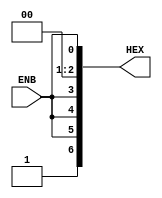
/*
	Modified 7seg decoder. 
		Show 0 when ENB = 0
		Show 1 when ENB = 1
		
	test passed	
*/
module circuit_B(ENB, HEX);
	input	ENB;
	output [6:0] HEX;
	
	wire [3:0] V;

	assign V = 4'b0 | ENB;

	wire A = V[0];
	wire B = V[1];
	wire C = V[2];
	wire D = V[3];

	wire common = D&B | D&C;

	
	assign HEX[0] = common | C&~B&~A | ~D&~C&~B&A;
	assign HEX[1] = common | C&~B&A | C&B&~A;
	assign HEX[2] = common | ~C&B&~A;
	assign HEX[3] = common | C&~B&~A | C&B&A | ~D&~C&~B&A;
	assign HEX[4] = common | A | C&~B;
	assign HEX[5] = common | B&A | ~D&~C&A | ~C&B&~A;
	assign HEX[6] = common | ~D&~C&~B | C&B&A;

endmodule

//////////////////////////////////////////////////////////////////////


module circuit_B_tb();
 
	reg ENB;
	wire [6:0] HEX0;

	reg [6:0] t_HEX [0:16];
	
	initial begin 
		t_HEX[0] = 7'b1000000;
		t_HEX[1] = 7'b1111001;
	end
 
	circuit_B DUT(
		.ENB(ENB),
		.HEX(HEX0)
	);
		
	initial begin
		ENB = 1'b0;		
		#10
		if (HEX0 != t_HEX[ENB])
			$display("!!!! Test %d error %h:%h \n", ENB, HEX0, t_HEX[ENB]);		
		ENB = 1'b1;
		#10
		if (HEX0 != t_HEX[ENB])
			$display("!!!! Test %d error %h:%h \n", ENB, HEX0, t_HEX[ENB]);
	
		$finish;
	end	

	
endmodule